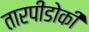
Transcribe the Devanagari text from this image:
तारपीडोकी